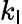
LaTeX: k_{\mathsf{l}}